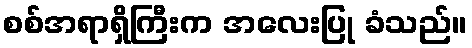
စစ်အရာရှိကြီးက အလေးပြု ခံသည်။